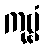
ကုဗ္ဗံ